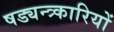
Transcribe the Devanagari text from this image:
षड्यन्त्र्कारियों